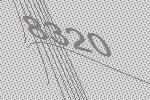
8320